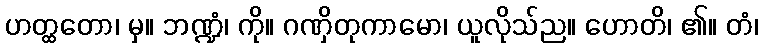
ဟတ္ထတော၊ မှ။ ဘဏ္ဍံ၊ ကို။ ဂဏှိတုကာမော၊ ယူလိုသ်ည။ ဟောတိ၊ ၏။ တံ၊